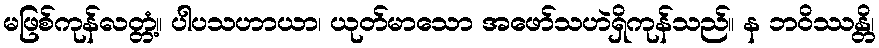
မဖြစ်ကုန်လတ္တံ့။ ပါပသဟာယာ၊ ယုတ်မာသော အဖော်သဟဲရှိကုန်သည်။ န ဘဝိဿန္တိ၊